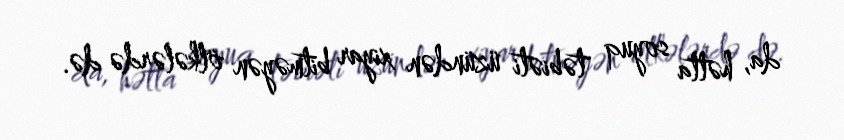
da, hətta soyuq təbiəti üzündən xiyar bitməyən ölkələrdə də.